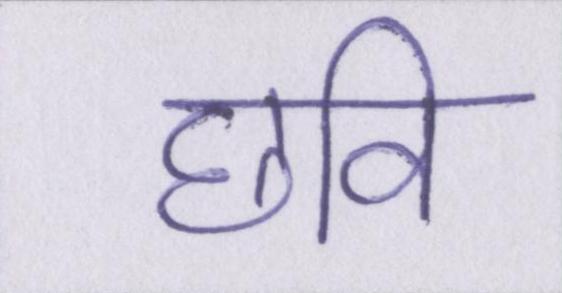
छवि